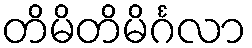
တိမိတိမိင်္ဂလာ